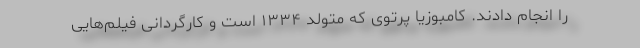
را انجام دادند. کامبوزیا پرتوی که متولد ۱۳۳۴ است و کارگردانی فیلم‌هایی